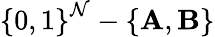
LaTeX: \left\{ 0,1\right\} ^{\mathcal{N}}-\left\{ \mathbf{A},\mathbf{B}\right\}